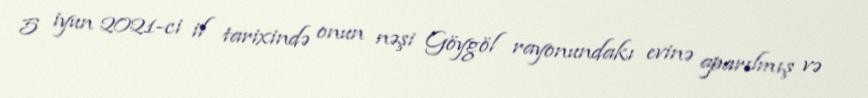
5 iyun 2021-ci il tarixində onun nəşi Göygöl rayonundakı evinə aparılmış və